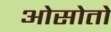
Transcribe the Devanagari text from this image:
ओसोतो